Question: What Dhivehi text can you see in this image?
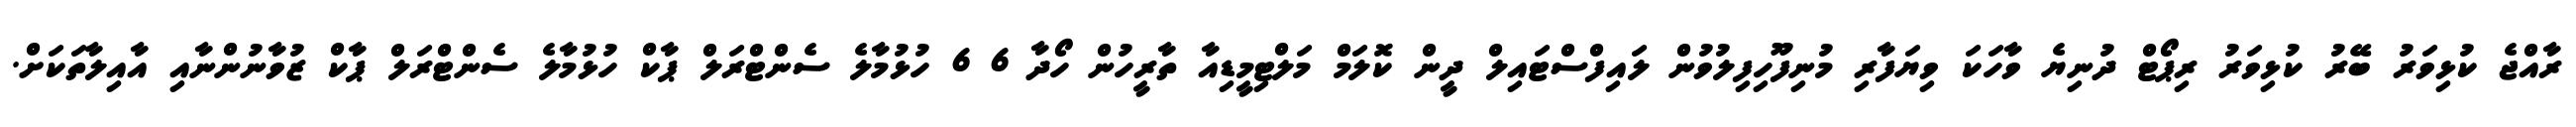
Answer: ރާއްޖެ ކުޅިވަރު ބޭރު ކުޅިވަރު ރިޕޯޓް ދުނިޔެ ވާހަކަ ވިޔަފާރި މުނިފޫހިފިލުވުން ލައިފްސްޓައިލް ދީން ކޮލަމް މަލްޓިމީޑިއާ ތާރީހުން ހޯދާ 6 6 ހުޅުމާލެ ސެންޓްރަލް ޕާކް ހުޅުމާލެ ސެންޓްރަލް ޕާކް ޒުވާނުންނާއި އާއިލާތަކަށް.